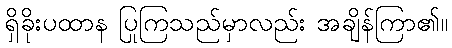
ရှိခိုးပထာန ပြုကြသည်မှာလည်း အချိန်ကြာ၏။